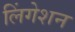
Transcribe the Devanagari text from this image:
लिंगेशन